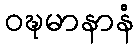
ဝဍ္ဎမာနာနံ